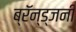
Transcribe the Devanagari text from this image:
ब्रॅन्ड्जनी